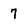
Character: 7